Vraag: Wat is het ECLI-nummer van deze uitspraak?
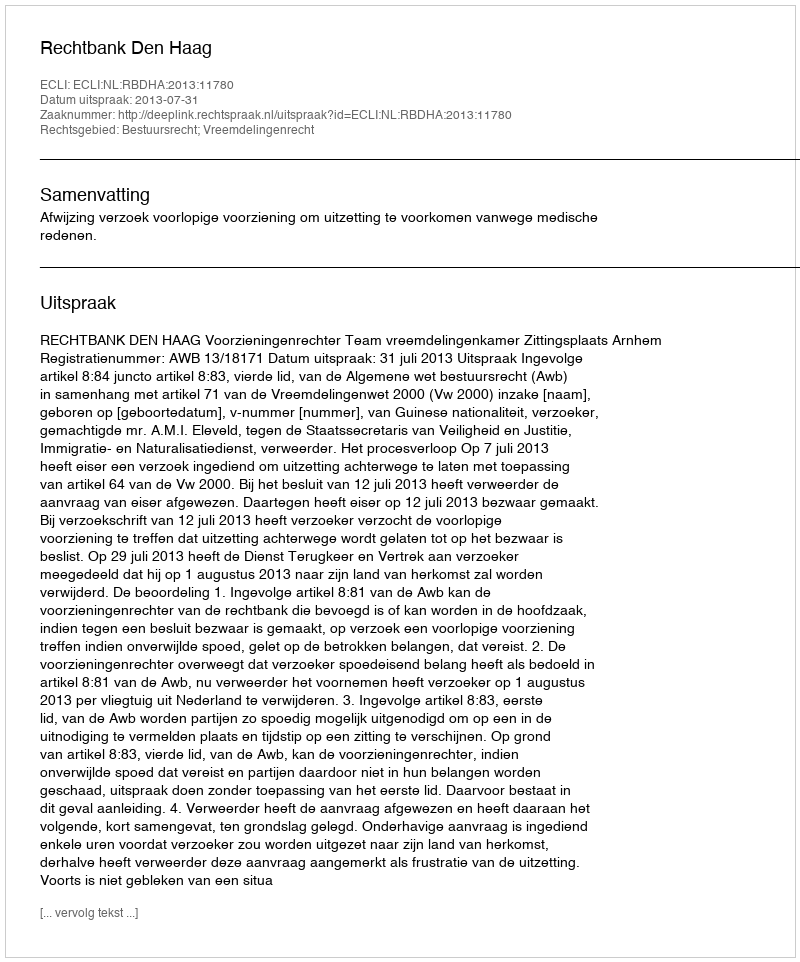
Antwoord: ECLI:NL:RBDHA:2013:11780